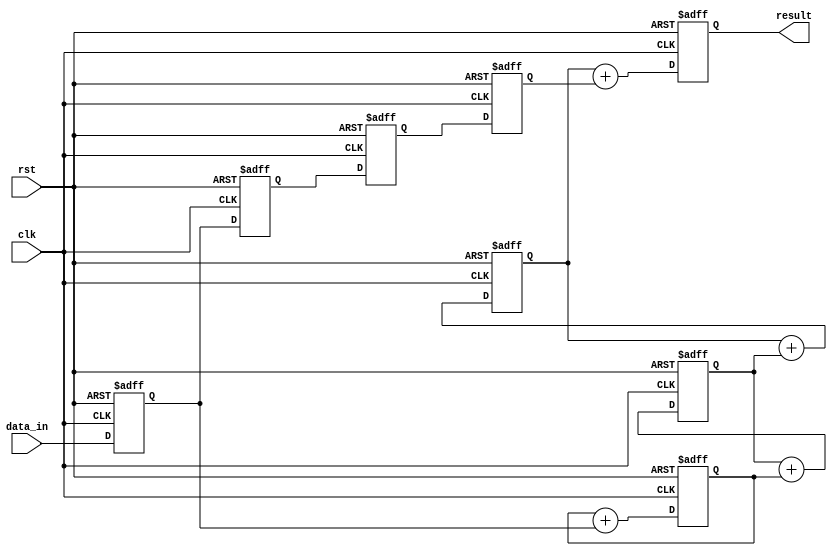
module cascaded_accumulator(
    input wire clk,
    input wire rst,
    input wire [7:0] data_in,
    output reg [31:0] result
);

reg [7:0] operand1, operand2, operand3, operand4;
reg [31:0] intermediate_result1, intermediate_result2, intermediate_result3;

// Arithmetic Block 1
always @(posedge clk or posedge rst) begin
    if(rst) begin
        intermediate_result1 <= 0;
    end else begin
        intermediate_result1 <= intermediate_result1 + operand1;
    end
end

// Arithmetic Block 2
always @(posedge clk or posedge rst) begin
    if(rst) begin
        intermediate_result2 <= 0;
    end else begin
        intermediate_result2 <= intermediate_result2 + intermediate_result1;
    end
end

// Arithmetic Block 3
always @(posedge clk or posedge rst) begin
    if(rst) begin
        intermediate_result3 <= 0;
    end else begin
        intermediate_result3 <= intermediate_result3 + intermediate_result2;
    end
end

// Arithmetic Block 4
always @(posedge clk or posedge rst) begin
    if(rst) begin
        result <= 0;
    end else begin
        result <= intermediate_result3 + operand4;
    end
end

// Assign data inputs to operands
always @(posedge clk or posedge rst) begin
    if(rst) begin
        operand1 <= 0;
        operand2 <= 0;
        operand3 <= 0;
        operand4 <= 0;
    end else begin
        operand1 <= data_in;
        operand2 <= operand1;
        operand3 <= operand2;
        operand4 <= operand3;
    end
end

endmodule